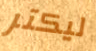
ليكتر